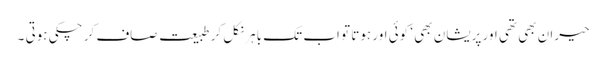
حیران بھی تھی اور پریشان بھی ‘ کوئی اور ہوتا تو اب تک باہر نکل کر طبیعت صاف کر چکی ہوتی ۔